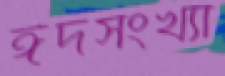
ঈদসংখ্যা